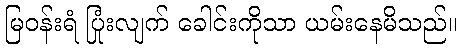
မြဝန်းရံ ပြုံးလျက် ခေါင်းကိုသာ ယမ်းနေမိသည်။